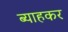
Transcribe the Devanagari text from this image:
ब्याहकर